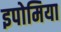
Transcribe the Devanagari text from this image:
इपोमिया